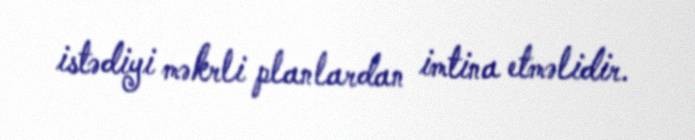
istədiyi məkrli planlardan imtina etməlidir.